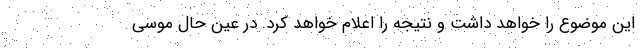
این موضوع را خواهد داشت و نتیجه را اعلام خواهد کرد. در عین حال موسی